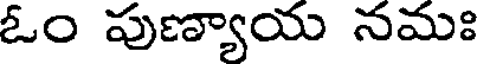
ఓం పుణ్యాయ నమః